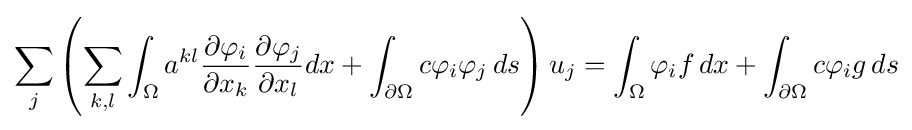
\sum _{j}\left(\sum _{k,l}\int _{\Omega }a^{kl}{\frac {\partial \varphi _{i}}{\partial x_{k}}}{\frac {\partial \varphi _{j}}{\partial x_{l}}}dx+\int _{\partial \Omega }c\varphi _{i}\varphi _{j}\,ds\right)u_{j}=\int _{\Omega }\varphi _{i}f\,dx+\int _{\partial \Omega }c\varphi _{i}g\,ds